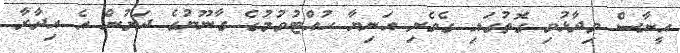
އީނާސް ވިދާޅުވި ގޮތުގައި ގެވެށި އަނިޔާ ހުއްޓުވުމުގެ ގާނޫނުގެ ދަށުން އެ އިދާރާ